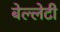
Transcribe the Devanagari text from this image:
बेल्लेटी